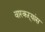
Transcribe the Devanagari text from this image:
वारकऱ्यांस